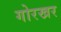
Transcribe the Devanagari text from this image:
गोरखर